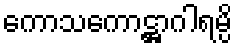
ကောသကောဋ္ဌာဂါရမ္ပိ